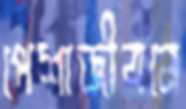
পেশাজীবনে